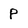
Character: P